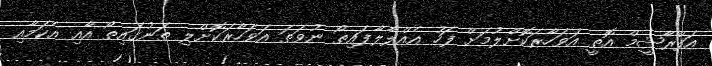
އަފްރާޝީމް އޮތީ އަވަހާރަކޮށްލުމަށް ފަހު އެއްލާލާފައިތޯ ނުވަތަ އަވަހާރަކޮށްލި ތަނުގައިތޯ އާއި އެކަމާއި